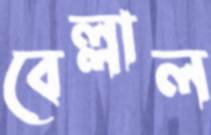
বেল্লাল